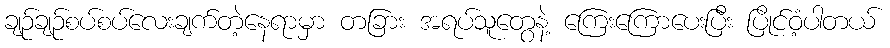
ချဉ်ချဉ်စပ်စပ်လေးချက်တဲ့နေရာမှာ တခြား အရပ်သူတွေနဲ့ ကြေးကြောပေးပြီး ပြိုင်ဝံ့ပါတယ်